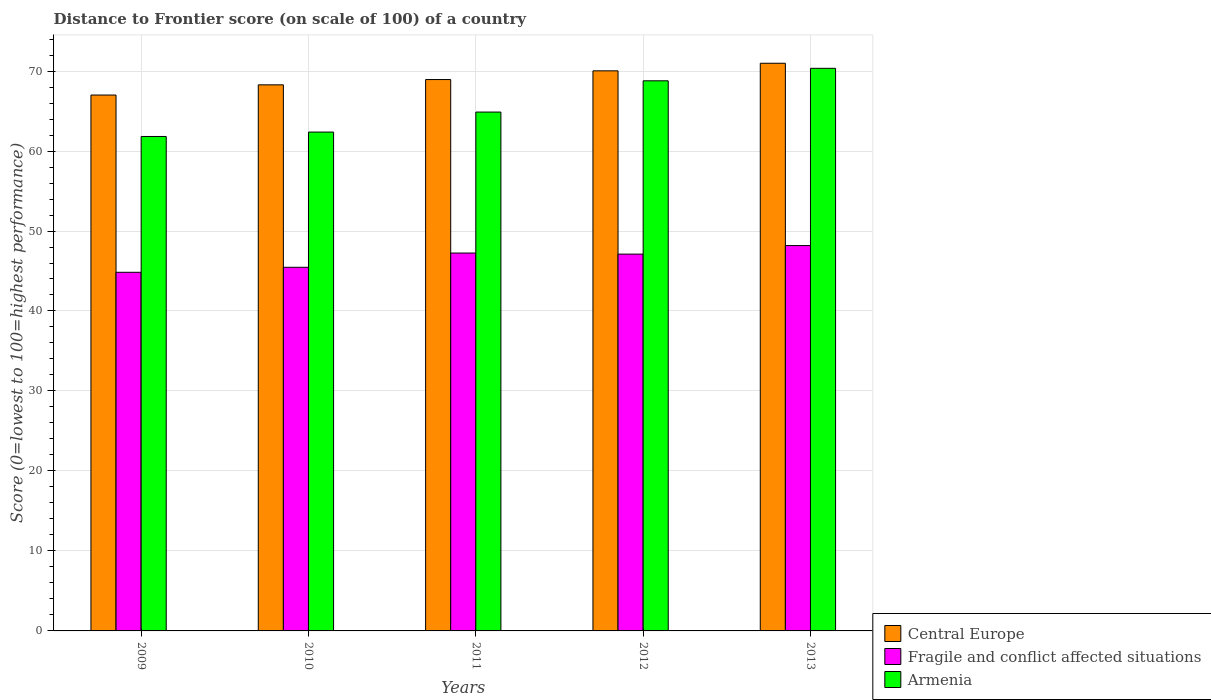
| Years | Central Europe | Fragile and conflict affected situations | Armenia |
 | --- | --- | --- | --- |
 | 2009 | 67 | 44.8 | 61.8 |
 | 2010 | 68.3 | 45.5 | 62.4 |
 | 2011 | 68.9 | 47.2 | 64.9 |
 | 2012 | 70 | 47.1 | 68.8 |
 | 2013 | 71 | 48.2 | 70.3 |